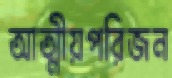
আত্মীয়পরিজন